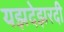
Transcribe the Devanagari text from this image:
यझदेझरदी